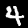
Digit: 4